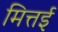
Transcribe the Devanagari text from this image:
मित्तई